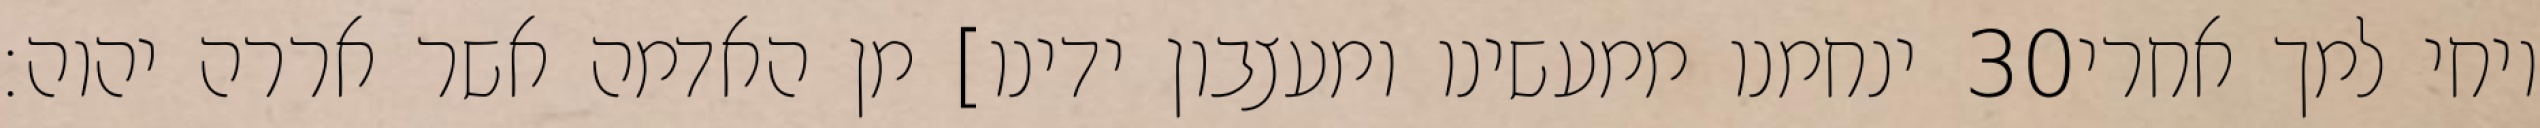
ינחמנו ממעשינו ומעצבון ידינו] מן האדמה אשר אררה יהוה׃ ‎30‏ ויחי למך אחרי